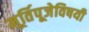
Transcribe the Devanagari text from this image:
मूर्तिपूजेविषयी